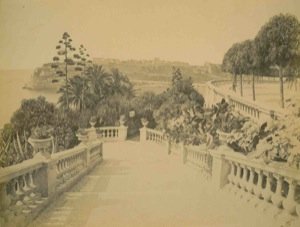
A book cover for Costa Azzurra : Monte Carlo, Les jardins et terrasses du Casino.; N.A. -; Travel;